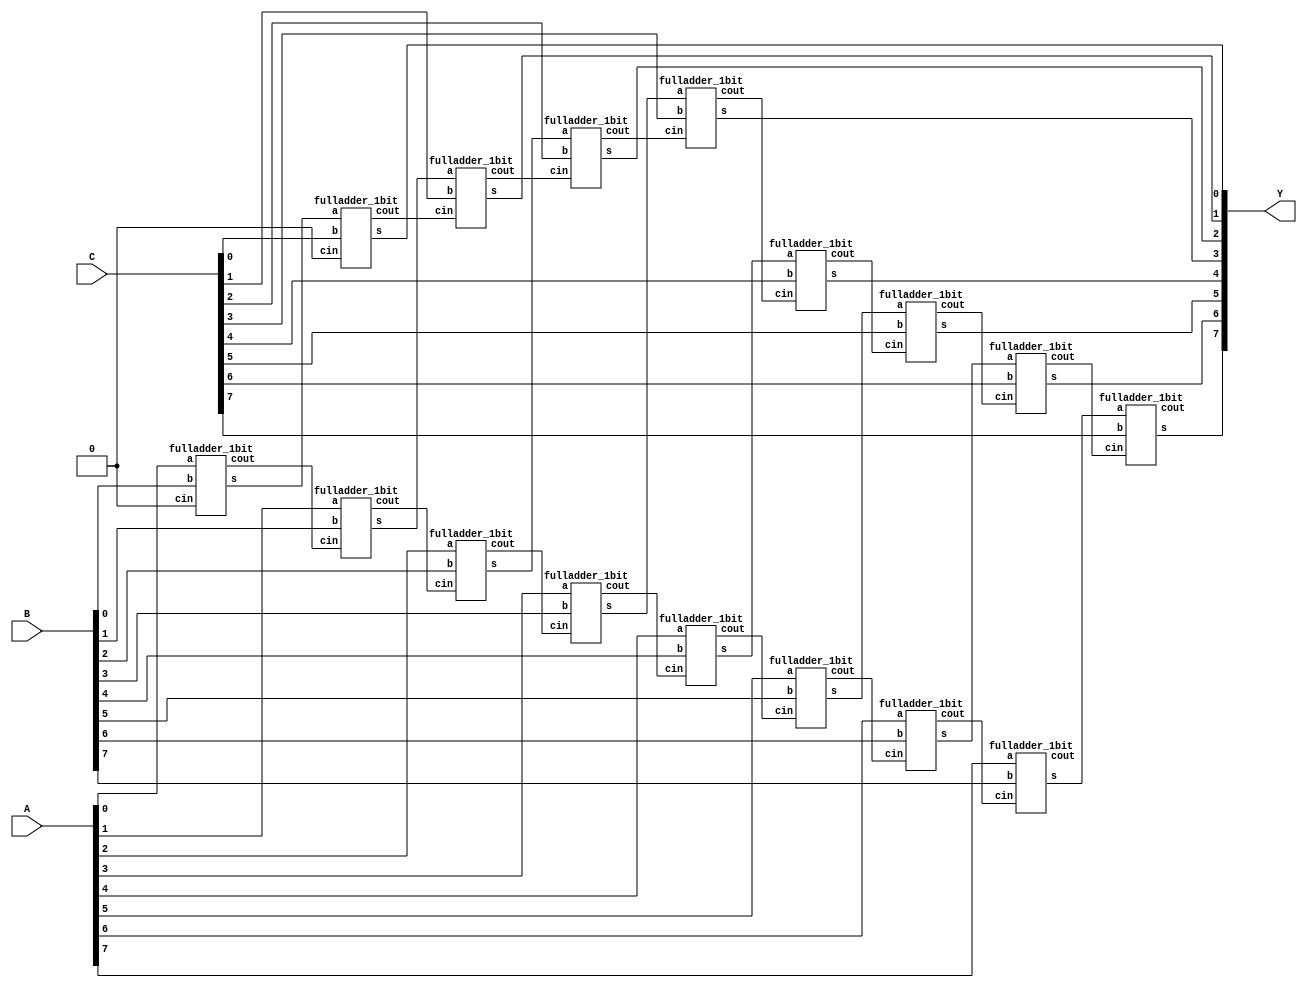
module add3_struct #(parameter WIDTH=8)(Y,A,B,C);
  input [WIDTH-1:0] A,B,C;
  output [WIDTH-1:0] Y;
  wire cout1,cout2;
  wire [WIDTH-1:1] carry1,carry2;
  wire [WIDTH-1:0] temp;
  
  fulladder_1bit U1[WIDTH-1:0](temp,{cout1,carry1[WIDTH-1:1]},A,B,{carry1[WIDTH-1:1],1'b0});
  fulladder_1bit U2[WIDTH-1:0](Y,{cout2,carry2[WIDTH-1:1]},temp,C,{carry2[WIDTH-1:1],1'b0});
endmodule

module fulladder_1bit(s,cout,a,b,cin);
  input a,b,cin;
  output s,cout;
  wire t0,t1,t2;
  
  xor xor0(s,a,b,cin);
  and and0(t0,a,b);
  and and1(t1,a,cin);
  and and2(t2,b,cin);
  xor xor1(cout,t0,t1,t2);
endmodule

module add3_case #(parameter WIDTH=8)(Y,A,B,C);
  input [WIDTH-1:0] A,B,C;
  output [WIDTH-1:0] Y;
  wire cout1,cout2;
  wire [(WIDTH/2)-1:1] carry1,carry2;
  wire [WIDTH-1:0] temp;
  generate 
    if(WIDTH%2)begin
      fulladder_2bit_case U1[(WIDTH/2)-1:0](temp[WIDTH-2:0],{cout1,carry1[(WIDTH/2)-1:1]},A[WIDTH-2:0],B[WIDTH-2:0],{carry1[(WIDTH/2)-1:1],1'b0});
      fulladder_2bit_case U2[(WIDTH/2)-1:0](Y[WIDTH-2:0],{cout2,carry2[(WIDTH/2)-1:1]},temp[WIDTH-2:0],C[WIDTH-2:0],{carry2[(WIDTH/2)-1:1],1'b0});
      fulladder_1bit U3(temp[WIDTH-1],,A[WIDTH-1],B[WIDTH-1],cout1);
      fulladder_1bit U4(Y[WIDTH-1],,temp[WIDTH-1],C[WIDTH-1],cout2);
    end
    else begin
      fulladder_2bit_case U1[(WIDTH/2)-1:0](temp,{cout1,carry1[(WIDTH/2)-1:1]},A,B,{carry1[(WIDTH/2)-1:1],1'b0});
      fulladder_2bit_case U2[(WIDTH/2)-1:0](Y,{cout2,carry2[(WIDTH/2)-1:1]},temp,C,{carry2[(WIDTH/2)-1:1],1'b0});
    end
  endgenerate
endmodule

module add3_parcase #(parameter WIDTH=8)(Y,A,B,C);
  input [WIDTH-1:0] A,B,C;
  output [WIDTH-1:0] Y;
  wire cout1,cout2;
  wire [(WIDTH/2)-1:1] carry1,carry2;
  wire [WIDTH-1:0] temp;
  
    generate 
    if(WIDTH%2)begin
      fulladder_2bit_case U1[(WIDTH/2)-1:0](temp[WIDTH-2:0],{cout1,carry1[(WIDTH/2)-1:1]},A[WIDTH-2:0],B[WIDTH-2:0],{carry1[(WIDTH/2)-1:1],1'b0});
      fulladder_2bit_case U2[(WIDTH/2)-1:0](Y[WIDTH-2:0],{cout2,carry2[(WIDTH/2)-1:1]},temp[WIDTH-2:0],C[WIDTH-2:0],{carry2[(WIDTH/2)-1:1],1'b0});
      fulladder_1bit U3(temp[WIDTH-1],,A[WIDTH-1],B[WIDTH-1],cout1);
      fulladder_1bit U4(Y[WIDTH-1],,temp[WIDTH-1],C[WIDTH-1],cout2);
    end
    else begin
      fulladder_2bit_case U1[(WIDTH/2)-1:0](temp,{cout1,carry1[(WIDTH/2)-1:1]},A,B,{carry1[(WIDTH/2)-1:1],1'b0});
      fulladder_2bit_case U2[(WIDTH/2)-1:0](Y,{cout2,carry2[(WIDTH/2)-1:1]},temp,C,{carry2[(WIDTH/2)-1:1],1'b0});
    end
  endgenerate
endmodule

module fulladder_2bit_case(s,cout,a,b,cin);
  input [1:0] a,b;
  input cin;
  output reg [1:0] s;
  output reg cout;
  
  always@(a,b,cin)begin
    case({a,b,cin})
      0:{cout,s}=3'b000;
      1:{cout,s}=3'b001;
      2:{cout,s}=3'b001;
      3:{cout,s}=3'b010;
      4:{cout,s}=3'b010;
      5:{cout,s}=3'b011;
      6:{cout,s}=3'b011;
      7:{cout,s}=3'b100;
      8:{cout,s}=3'b001;
      9:{cout,s}=3'b010;
      10:{cout,s}=3'b010;
      11:{cout,s}=3'b011;
      12:{cout,s}=3'b011;
      13:{cout,s}=3'b100;
      14:{cout,s}=3'b100;
      15:{cout,s}=3'b101;
      16:{cout,s}=3'b010;
      17:{cout,s}=3'b011;
      18:{cout,s}=3'b011;
      19:{cout,s}=3'b100;
      20:{cout,s}=3'b100;
      21:{cout,s}=3'b101;
      22:{cout,s}=3'b101;
      23:{cout,s}=3'b110;
      24:{cout,s}=3'b011;
      25:{cout,s}=3'b100;
      26:{cout,s}=3'b100;
      27:{cout,s}=3'b101;
      28:{cout,s}=3'b101;
      29:{cout,s}=3'b110;
      30:{cout,s}=3'b110;
      31:{cout,s}=3'b111;
      default:{cout,s}=3'bx;
    endcase
  end
endmodule

module fulladder_2bit_parcase(s,cout,a,b,cin);
  input [1:0] a,b;
  input cin;
  output reg [1:0] s;
  output reg cout;
  
  always@(a,b,cin)begin
    case({a,b,cin}) //synopsys parallel_case
      0:{cout,s}=3'b000;
      1:{cout,s}=3'b001;
      2:{cout,s}=3'b001;
      3:{cout,s}=3'b010;
      4:{cout,s}=3'b010;
      5:{cout,s}=3'b011;
      6:{cout,s}=3'b011;
      7:{cout,s}=3'b100;
      8:{cout,s}=3'b001;
      9:{cout,s}=3'b010;
      10:{cout,s}=3'b010;
      11:{cout,s}=3'b011;
      12:{cout,s}=3'b011;
      13:{cout,s}=3'b100;
      14:{cout,s}=3'b100;
      15:{cout,s}=3'b101;
      16:{cout,s}=3'b010;
      17:{cout,s}=3'b011;
      18:{cout,s}=3'b011;
      19:{cout,s}=3'b100;
      20:{cout,s}=3'b100;
      21:{cout,s}=3'b101;
      22:{cout,s}=3'b101;
      23:{cout,s}=3'b110;
      24:{cout,s}=3'b011;
      25:{cout,s}=3'b100;
      26:{cout,s}=3'b100;
      27:{cout,s}=3'b101;
      28:{cout,s}=3'b101;
      29:{cout,s}=3'b110;
      30:{cout,s}=3'b110;
      31:{cout,s}=3'b111;
      default:{cout,s}=3'bx;
    endcase
  end
endmodule

module add3_operator #(parameter WIDTH=8)(Y,A,B,C);
  input [WIDTH-1:0] A,B,C;
  output [WIDTH-1:0] Y;
  
  assign Y=A+(B+C);
endmodule

module t_add3();
  parameter width=7;
  reg [width-1:0] a,b,c;
  wire [width-1:0] s1,s2,s3,s4;
  add3_struct #(width)U1(s1,a,b,c);
  add3_case #(width)U2(s2,a,b,c);
  add3_parcase #(width)U3(s3,a,b,c);
  add3_operator #(width)U4(s4,a,b,c);
  initial begin
    repeat(1000) begin
      #5;
      a=$random;
      b=$random;
      c=$random;
      $strobe("%h+%h+%h=%h,%h",a,b,c,s3,s4);
      error(s3,s4);
    end
  end
    
  task error;
    input a1;
    input a2;
    if(a1==~a2)begin
      $display("Error");
      $stop;
    end
  endtask
endmodule